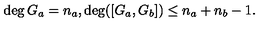
\deg G _ { a } = n _ { a } , \deg ( [ G _ { a } , G _ { b } ] ) \leq n _ { a } + n _ { b } - 1 .